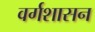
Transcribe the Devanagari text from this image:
वर्गशासन